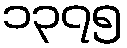
၁၃၇၅